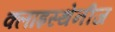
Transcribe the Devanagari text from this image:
क्लाइस्थेनीज